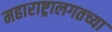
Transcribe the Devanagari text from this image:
महाराष्ट्रालगतच्या